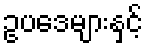
ဥပဒေများနှင့်